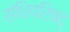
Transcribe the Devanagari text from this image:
संधिपरिषद्